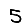
Digit: 5